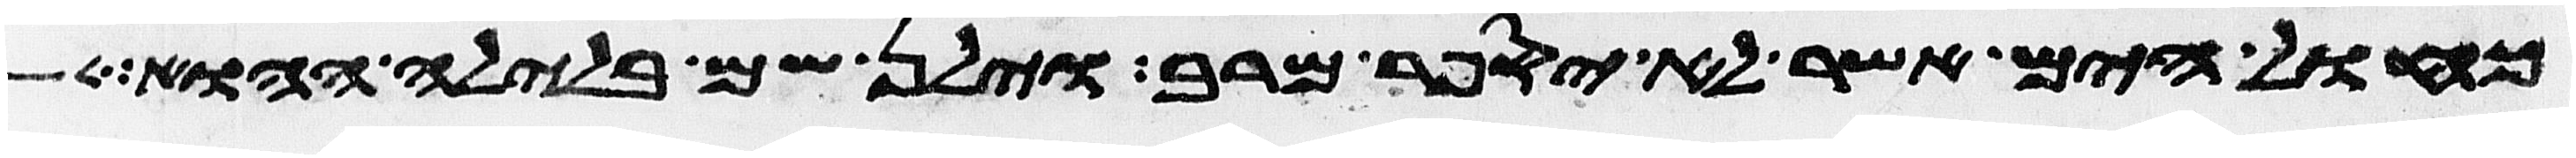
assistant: כחול הים אשר לא יספר מרב וילן שם בלילה ההוא